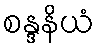
စန္ဒနိယံ